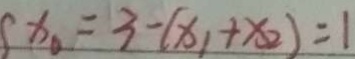
x _ { 0 } = 3 - ( x _ { 1 } + x _ { 2 } ) = 1